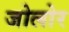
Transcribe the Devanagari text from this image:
जोलोर